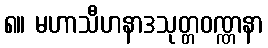
၈။ မဟာသီဟနာဒသုတ္တဝဏ္ဏနာ